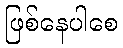
ဖြစ်နေပါစေ